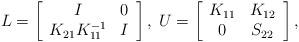
LaTeX: \begin{align*}L = \left[\begin{array}{cc}I&0\\K_{21}K^{-1}_{11}&I\end{array}\right],\;U = \left[\begin{array}{cc}K_{11}&K_{12}\\0&S_{22}\end{array}\right],\end{align*}